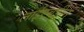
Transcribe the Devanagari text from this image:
लाईएबर्डीन